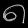
Digit: ၈